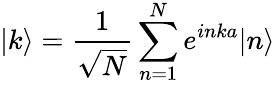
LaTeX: |k\rangle={\frac{1}{\sqrt{N}}}\sum_{n=1}^{N}e^{inka}|n\rangle